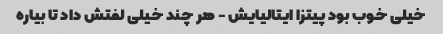
خیلی خوب بود پیتزا ایتالیایش - هر چند خیلی لفتش داد تا بیاره